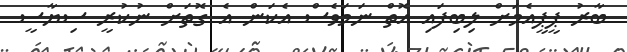
ބާރު ޕީޕީއެމަށް ލިބިފައި އޮތް ނަމަވެސް އެކަން އެ ގޮތަށް ނުކުރީ ސިޔާސީ